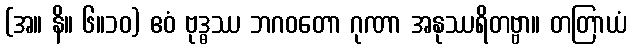
(အ။ နိ။ ၆။၁၀) ဧဝံ ဗုဒ္ဓဿ ဘဂဝတော ဂုဏာ အနုဿရိတဗ္ဗာ။ တတြာယံ